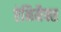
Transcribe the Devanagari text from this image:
ऐनिमैक्स